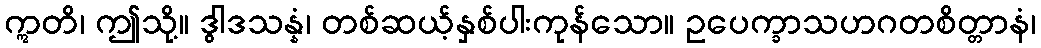
ဣတိ၊ ဤသို့။ ဒွါဒသန္နံ၊ တစ်ဆယ့်နှစ်ပါးကုန်သော။ ဥပေက္ခာသဟဂတစိတ္တာနံ၊